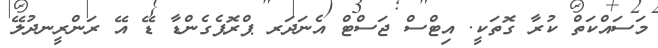
މަސައްކަތް ކުރާ ގޮތަކީ. އިޓްސް ޖަސްޓް އެނަދަރ ޕްރޮޕެގެންޑާ ޑޭ އޭ ރަންރީނދުލޭ